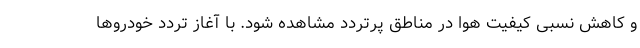
و کاهش نسبی کیفیت هوا در مناطق پرتردد مشاهده شود. با آغاز تردد خودروها